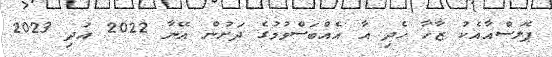
ޕެލަސްއާއެކު ޒާހާ ހެދި އާ އެއްބަސްވުމުގެ ދަށުން އޭނާ 2022 އަދި 2023